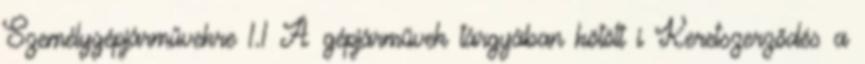
Személygépjárművekre 1.1 A gépjárművek tárgyában kötött i Keretszerződés a